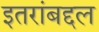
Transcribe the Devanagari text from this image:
इतरांबद्दल